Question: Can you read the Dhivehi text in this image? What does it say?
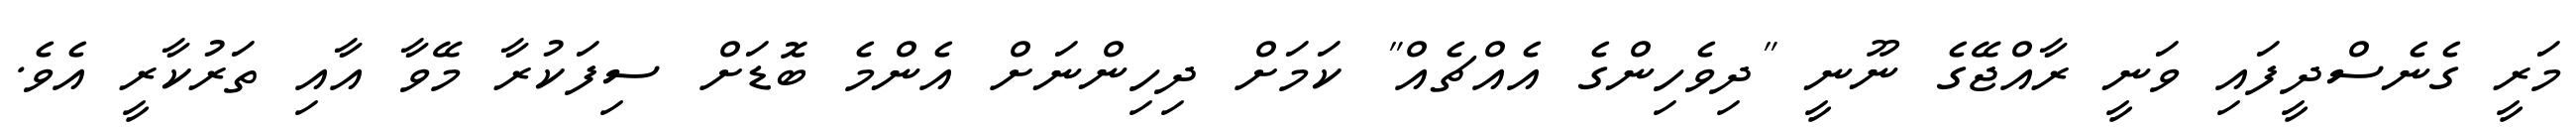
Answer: މަރީ ގެނެސްދީފައި ވަނީ ރާއްޖޭގެ ނޫނީ "ދިވެހިންގެ އެއްޗެއް" ކަމަށް ދިހިންނަށް އެންމެ ބޮޑަށް ސިފަކުރާ މޭވާ އާއި ތަރުކާރީ އެވެ.